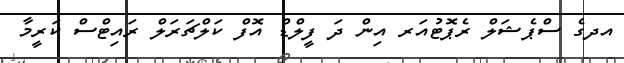
އދގެ ސްޕެޝަލް ރެޕޮޓުއަރ އިން ދަ ފީލްޑް އޮފް ކަލްޗަރަލް ރައިޓްސް ކަރީމާ